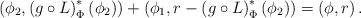
\begin{align*}\left(\phi_2,\left(g\circ L\right)^{*}_\Phi\left(\phi_2\right)\right)+\left(\phi_1,r-\left(g\circ L\right)^{*}_\Phi\left(\phi_2\right)\right)=\left(\phi,r\right).\end{align*}